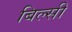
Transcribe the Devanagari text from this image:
बिल्‍सी